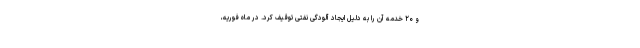
و ۲۰ خدمه آن را به دلیل ایجاد آلودگی نفتی توقیف کرد. در ماه فوریه،